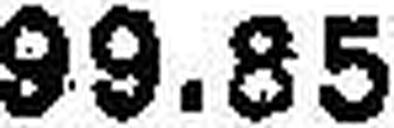
99.85